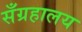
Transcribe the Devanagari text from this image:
सँग्रहालय